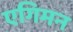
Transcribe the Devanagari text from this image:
एगिमन